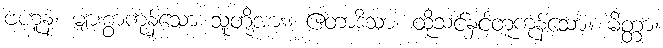
ဗဟူနံ၊ များစွာကုန်သော သူတို့အား။ ဧတာဒိသာ၊ ထိုသင်နှင့်တူကုန်သော။ မိတ္တာ၊